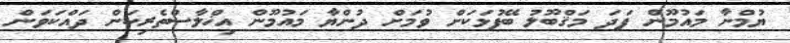
ޔުމްނާ މައުމޫން ފަދަ މަޤްބޫލު ބޭފުޅަކަށް ވުމަށް ދުންޔާ މައުމޫން އިޚްލާސްތެރިކަން ދައްކަވަން